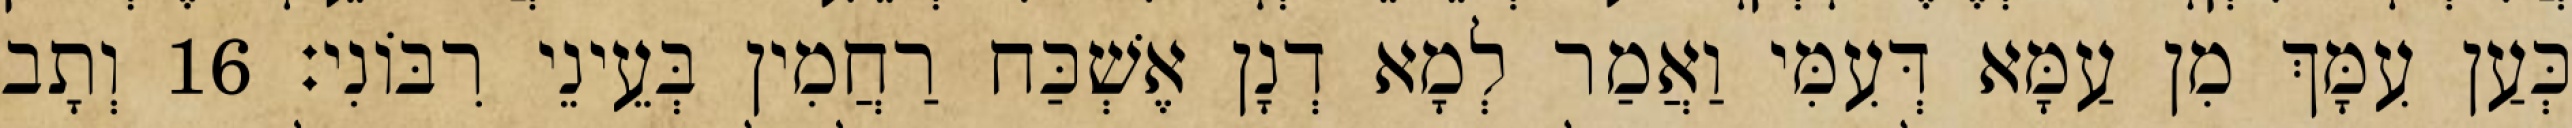
כְּעַן עִמָּךְ מִן עַמָּא דְּעִמִּי וַאֲמַר לְמָא דְנָן אֶשְׁכַּח רַחֲמִין בְּעֵינֵי רִבּוֹנִי׃ 16 וְתָב